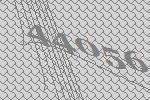
44056